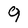
Character: 9